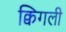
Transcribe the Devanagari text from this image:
क्विगली